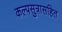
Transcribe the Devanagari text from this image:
कल्पसुत्रासहित